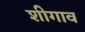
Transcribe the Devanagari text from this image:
शीगाव